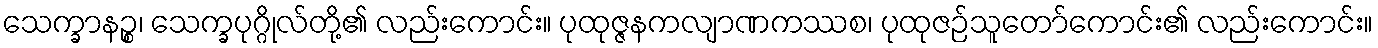
သေက္ခာနဉ္စ၊ သေက္ခပုဂ္ဂိုလ်တို့၏ လည်းကောင်း။ ပုထုဇ္ဇနကလျာဏကဿစ၊ ပုထုဇဉ်သူတော်ကောင်း၏ လည်းကောင်း။